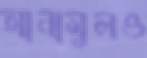
আনামুলও